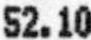
52.10